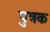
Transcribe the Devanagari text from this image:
पुत्रक